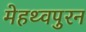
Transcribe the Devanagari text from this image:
मेहथ्वपुरन